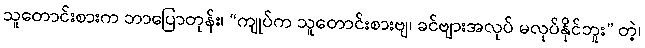
သူတောင်းစားက ဘာပြောတုန်း၊ “ကျုပ်က သူတောင်းစားဗျ၊ ခင်ဗျားအလုပ် မလုပ်နိုင်ဘူး” တဲ့၊